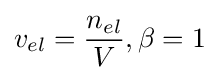
v_{el}={\frac {n_{el}}{V}},\beta =1